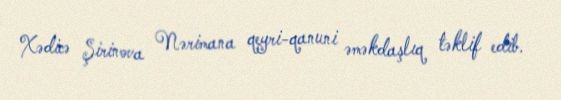
Xədicə Şirinova Nərimana qeyri-qanuni əməkdaşlıq təklif edib.